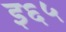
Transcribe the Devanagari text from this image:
इ६५